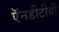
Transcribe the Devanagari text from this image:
ऍनडीटीवी